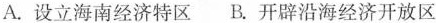
A.设立海南经济特区 B.开辟沿海经济开放区